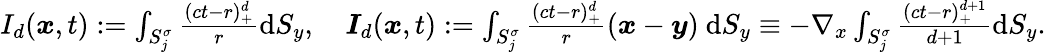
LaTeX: \begin{array}{r}{I_{d}(\boldsymbol{x},t):=\int_{S_{j}^{\sigma}}\frac{(ct-r)_{+}^{d}}{r}\mathrm{d}S_{y},\quad\boldsymbol{I}_{d}(\boldsymbol{x},t):=\int_{S_{j}^{\sigma}}\frac{(ct-r)_{+}^{d}}{r}(\boldsymbol{x}-\boldsymbol{y})\ \mathrm{d}S_{y}\equiv-\nabla_{x}\int_{S_{j}^{\sigma}}\frac{(ct-r)_{+}^{d+1}}{d+1}\mathrm{d}S_{y}.}\end{array}